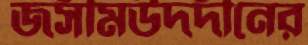
জসীমউদদীনের